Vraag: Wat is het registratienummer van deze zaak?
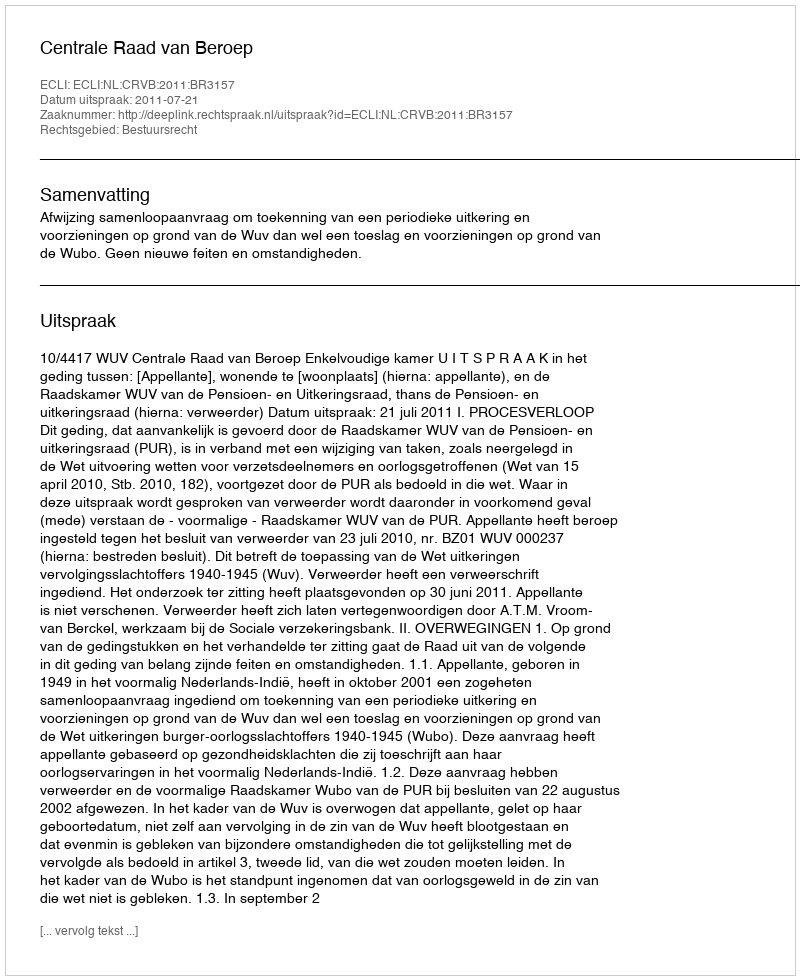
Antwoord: http://deeplink.rechtspraak.nl/uitspraak?id=ECLI:NL:CRVB:2011:BR3157